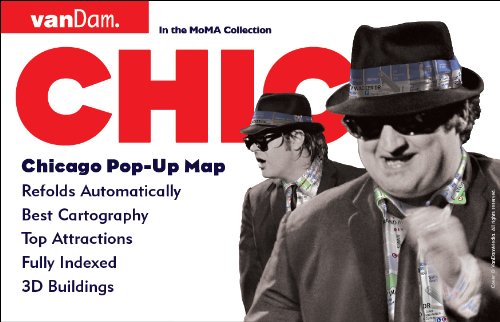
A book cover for Pop-Up Chicago Map by VanDam - City Street Map of Chicago - Laminated folding pocket size city travel and subway map; Stephan Van Dam; Travel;